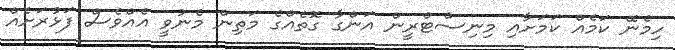
ހިމެނޭ ކަމެއް ކަމަށާއި މިނިސްޓްރީން އަންގާ ގޮތެއްގެ މަތިން މެނުވީ އެއްވެސް ފަޅުރަށެއް